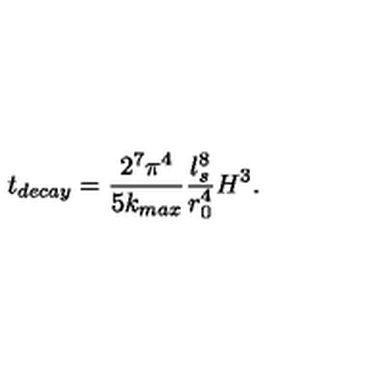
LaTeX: t _ { d e c a y } = \frac { 2 ^ { 7 } \pi ^ { 4 } } { 5 k _ { m a x } } \frac { l _ { s } ^ { 8 } } { r _ { 0 } ^ { 4 } } H ^ { 3 } .